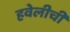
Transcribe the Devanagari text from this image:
हवेलीची